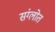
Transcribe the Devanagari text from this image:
संग्लोत